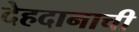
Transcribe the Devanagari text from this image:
देहदानाची